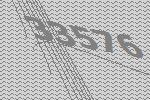
33576